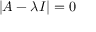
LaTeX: | A - \lambda I | = 0